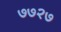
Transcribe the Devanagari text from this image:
७७२७